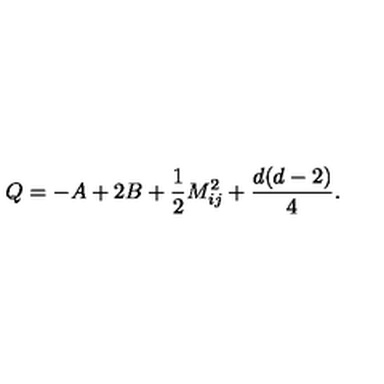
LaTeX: Q = - A + 2 B + \frac { 1 } { 2 } M _ { i j } ^ { 2 } + \frac { d ( d - 2 ) } { 4 } .